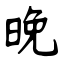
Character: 晚